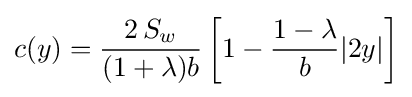
c(y)={\frac {2\,S_{w}}{(1+\lambda )b}}\left[1-{\frac {1-\lambda }{b}}|2y|\right]